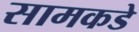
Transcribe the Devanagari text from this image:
सामकडे